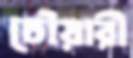
চৌয়ারী